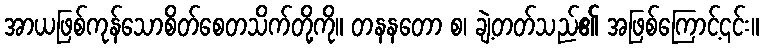
အာယဖြစ်ကုန်သောစိတ်စေတသိက်တို့ကို။ တနနတော စ၊ ချဲ့တတ်သည်၏ အဖြစ်ကြောင့်၎င်း။